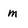
Character: m